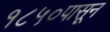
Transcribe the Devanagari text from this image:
१८५०पासून